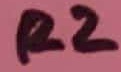
Text: R2